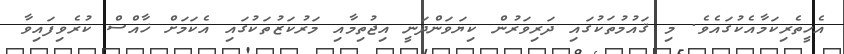
އެހީތެރިކަމާއެކުގައެވެ. މި ޤައުމުތަކުގައި ދަރިވަރުން ކިޔަވަންދަނީ އިޖުތިމާއި މަރުކަޒުތަކުގައި އެކަމަށް ޚާއްސް ކުރެވިފައިވާ